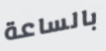
بالساعة